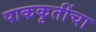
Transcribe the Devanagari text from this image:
पाककृतींचा